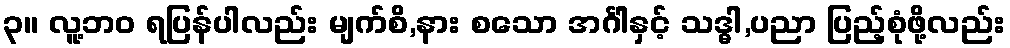
၃။ လူ့ဘဝ ရပြန်ပါလည်း မျက်စိ,နား စသော အင်္ဂါနှင့် သဒ္ဓါ,ပညာ ပြည့်စုံဖို့လည်း